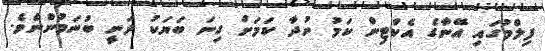
ފިލްމުގައި އޭނާގެ އެކްޓިން ކަމު ނުދާ ކަމަށް ގިނަ ބަޔަކު ދަނީ ބުނަމުންނެވެ.